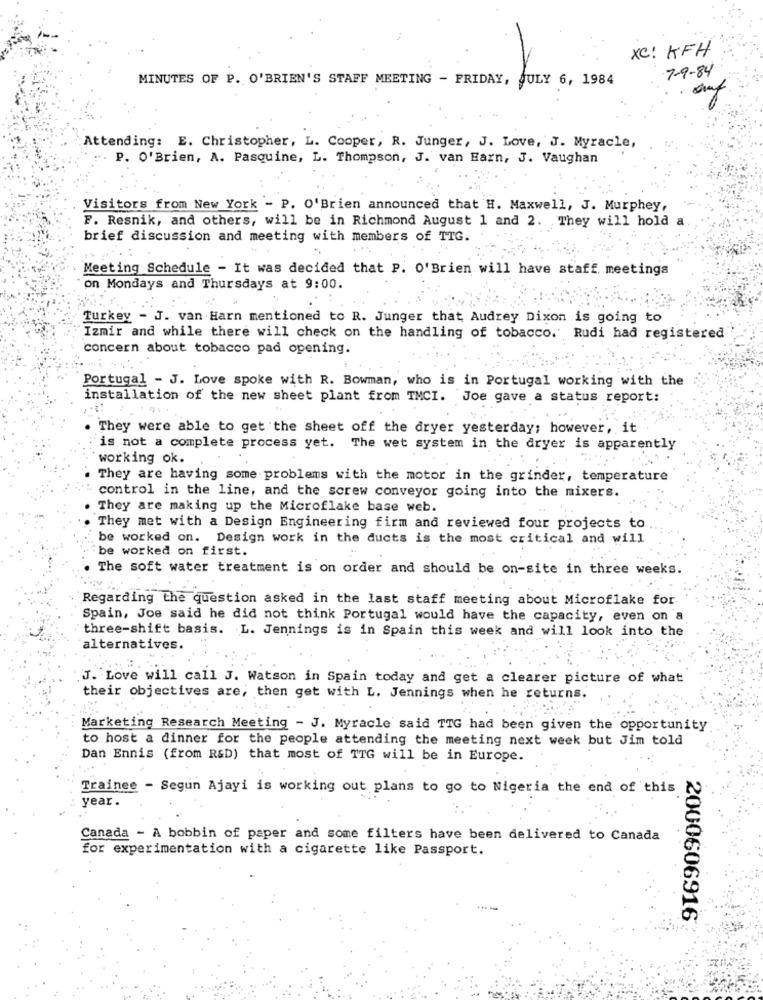
XC: KFH
7-9-84
MINUTES OF P. O'BRIEN'S STAFF MEETING - FRIDAY, JULY 6, 1984
Attending: E. Christopher, L. Cooper, R. Junger, J. Love, J. Myracle,
P. O'Brien, A. Pasquine, L. Thompson, J. van Earn, J. Vaughan
Visitors from New York - P. O'Brien announced that H. Maxwell, J. Murphey,
F. Resnik, and others, will be in Richmond August 1 and 2. They will hold a
brief discussion and meeting with members of TIG.
Meeting Schedule - It was decided that P. O'Brien will have staff. meetings
on Mondays and Thursdays at 9:00.
Turkey - J. van Harn mentioned to R. Junger that Audrey Dixon is going to
Izmir and while there will check on the handling of tobacco.' Rudi had registered
concern about tobacco pad opening.
Portugal - J. Love spoke with R. Bowman, who is in Portugal working with the
installation of the new sheet plant from TMCI. Joe gave a status report:
They were able to get the sheet off the dryer yesterday; however, it
is not a complete process yet. The wet system in the dryer is apparently
working ok.
They are having some problems with the motor in the grinder, temperature
control in the line, and the screw conveyor going into the mixers.
They are making up the Microflake base web.
They met with a Design Engineering firm and reviewed four projects to
be worked on. Design work in the ducts is the most critical and will
be worked on first.
. The soft water treatment is on order and should be on-site in three weeks.
Regarding the question asked in the last staff meeting about Microflake for
Spain, Joe said he did not think Portugal would have the capacity, even on a
three-shift basis. L. Jennings is in Spain this week and will look into the
alternatives.
J. Love will call J. Watson in Spain today and get a clearer picture of what
their objectives are, then get with L. Jennings when he returns.
Marketing Research Meeting - J. Myracle said TTG had been given the opportunity
to host a dinner for the people attending the meeting next week but Jim told
Dan Ennis (from R&D) that most of TTG will be in Europe.
Trainee - Segun Ajayi is working out plans to go to Nigeria the end of this
year.
Canada - A bobbin of paper and some filters have been delivered to Canada
for experimentation with a cigarette like Passport.
2000606916